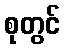
စုတွင်